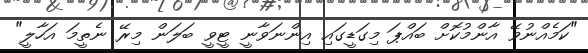
"ކަމެއްނުވޭ އާންމުކޮށް ބައްޕަ މިގަޑީގައި އިންނަވާނީ ޓީވީ ބަލަން މިރޭ ނެތީމަ އަހާލީ"